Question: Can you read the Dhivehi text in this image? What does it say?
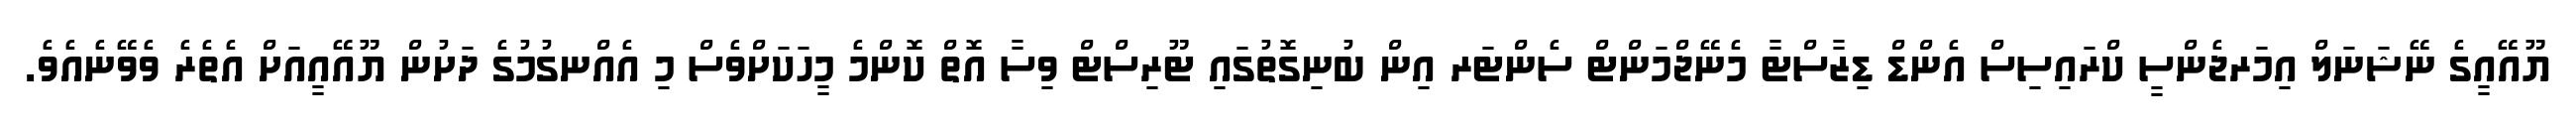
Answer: ޔޫއޭއީގެ ނޭޝަނަލް އިމަރޖެންސީ ކްރައިސިސް އެންޑް ޑިޒާސްޓާ މެނޭޖްމަންޓް ސެންޓަރ އިން ބުނިގޮތުގައި ޓޫރިސްޓް ވިސާ އޮތް ކޮންމެ މީހަކަށްވެސް މި އެއްނގުމުގެ ދަށުން ޔޫއޭއީއަށް އެތެރެ ވެވޭނެއެވެ.